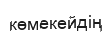
көмекейдің